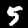
Label: 5